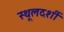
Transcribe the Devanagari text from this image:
स्थूलदर्शी